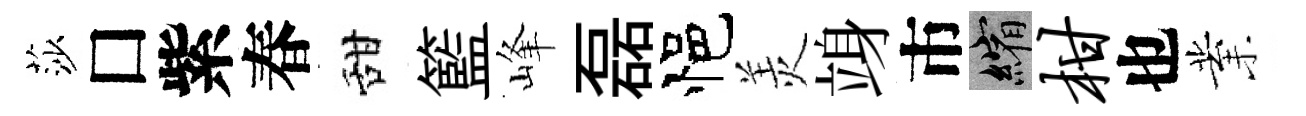
莎□紫春甜籃峰磊悒羙竧市縮柑也業